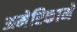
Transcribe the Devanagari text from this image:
अमेरिकामें